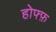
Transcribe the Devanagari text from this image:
होफ्फ़